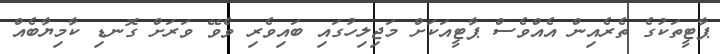
ޕާޓީތަކުގެ ތެރެއިން އެއްވެސް ޕާޓީއަކަށް މަޖިލިހުގައި ބައިވެރި ވެވޭ ވަރަށް ގޮނޑި ކާމިޔާބެއް